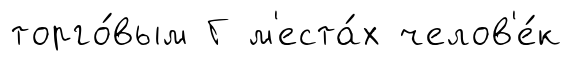
торго́вым Г м'еста́х челов'е́к